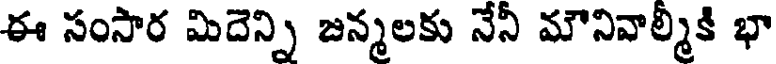
ఈ సంసార మిదెన్ని జన్మలకు నేనీ మౌనివాల్మీకి భా